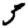
Digit: 3